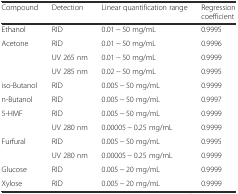
<table><thead><tr><td><b>Compound</b></td><td><b>Detection</b></td><td><b>Linear quantification range</b></td><td><b>Regression coefficient</b></td></tr></thead><tbody><tr><td>Ethanol</td><td>RID</td><td>0.01 − 50 mg/mL</td><td>0.9995</td></tr><tr><td>Acetone</td><td>RID</td><td>0.01 − 50 mg/mL</td><td>0.9996</td></tr><tr><td></td><td>UV 265 nm</td><td>0.01 − 50 mg/mL</td><td>0.9999</td></tr><tr><td></td><td>UV 285 nm</td><td>0.02 − 50 mg/mL</td><td>0.9995</td></tr><tr><td>iso-Butanol</td><td>RID</td><td>0.005 − 50 mg/mL</td><td>0.9999</td></tr><tr><td>n-Butanol</td><td>RID</td><td>0.005 − 50 mg/mL</td><td>0.9997</td></tr><tr><td>5-HMF</td><td>RID</td><td>0.005 − 50 mg/mL</td><td>0.9999</td></tr><tr><td></td><td>UV 280 nm</td><td>0.00005 − 0.25 mg/mL</td><td>0.9999</td></tr><tr><td>Furfural</td><td>RID</td><td>0.005 − 50 mg/mL</td><td>0.9995</td></tr><tr><td></td><td>UV 280 nm</td><td>0.00005 − 0.25 mg/mL</td><td>0.9999</td></tr><tr><td>Glucose</td><td>RID</td><td>0.005 − 20 mg/mL</td><td>0.9999</td></tr><tr><td>Xylose</td><td>RID</td><td>0.005 − 20 mg/mL</td><td>0.9999</td></tr></tbody></table>